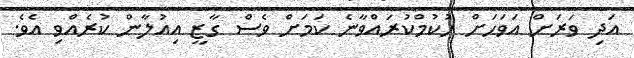
އަދި ވަރަށް އަވަހަށް ހުކުމްކުރައްވާނެ ކަމަށް ވެސް ގާޒީ އިއުލާން ކުރެއްވި އެވެ.